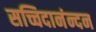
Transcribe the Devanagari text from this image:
सच्चिदानंन्दन